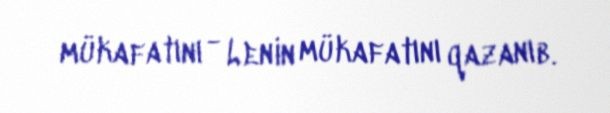
mükafatını - Lenin mükafatını qazanıb.